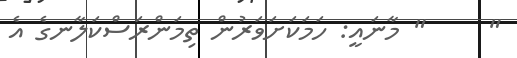
"     " މާނައީ: ހަމަކަށަވަރުން ތިމަންރަސްކަލާނގެ އެ